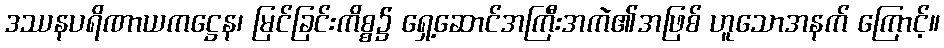
ဒဿနပရိဏာယကဋ္ဌေန၊ မြင်ခြင်းကိစ္စ၌ ရှေ့ဆောင်အကြီးအကဲ၏အဖြစ် ဟူသောအနက် ကြောင့်။